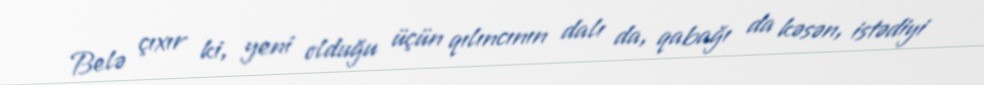
Belə çıxır ki, yeni olduğu üçün qılıncının dalı da, qabağı da kəsən, istədiyi